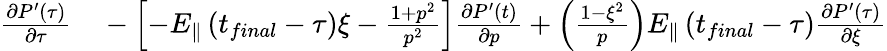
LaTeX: \begin{array}{rl}{\frac{\partial P^{\prime}\left(\tau\right)}{\partial\tau}}&{{}-\left[-E_{\Vert}\left(t_{final}-\tau\right)\xi-\frac{1+p^{2}}{p^{2}}\right]\frac{\partial P^{\prime}\left(t\right)}{\partial p}+\left(\frac{1-\xi^{2}}{p}\right)E_{\Vert}\left(t_{final}-\tau\right)\frac{\partial P^{\prime}\left(\tau\right)}{\partial\xi}}\end{array}